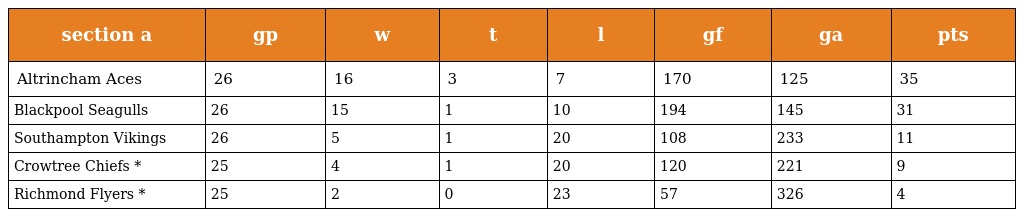
| section a | gp | w | t | l | gf | ga | pts |
 | --- | --- | --- | --- | --- | --- | --- | --- |
 | Altrincham Aces | 26 | 16 | 3 | 7 | 170 | 125 | 35 |
 | Blackpool Seagulls | 26 | 15 | 1 | 10 | 194 | 145 | 31 |
 | Southampton Vikings | 26 | 5 | 1 | 20 | 108 | 233 | 11 |
 | Crowtree Chiefs * | 25 | 4 | 1 | 20 | 120 | 221 | 9 |
 | Richmond Flyers * | 25 | 2 | 0 | 23 | 57 | 326 | 4 |